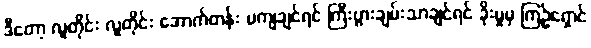
ဒီတော့ လူတိုင်း လူတိုင်း အောက်တန်း မကျချင်ရင် ကြီးပွားချမ်းသာချင်ရင် ခိုးမှုမှ ကြဉ်ရှောင်